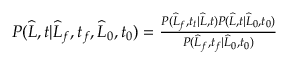
\begin{array} { r } { P ( \widehat { L } , t | \widehat { L } _ { f } , t _ { f } , \widehat { L } _ { 0 } , t _ { 0 } ) = \frac { P ( \widehat { L } _ { f } , t _ { t } | \widehat { L } , t ) P ( \widehat { L } , t | \widehat { L } _ { 0 } , t _ { 0 } ) } { P ( \widehat { L } _ { f } , t _ { f } | \widehat { L } _ { 0 } , t _ { 0 } ) } } \end{array}